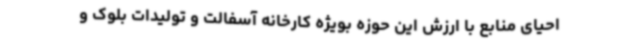
احیای منابع با ارزش این حوزه بویژه کارخانه آسفالت و تولیدات بلوک و